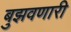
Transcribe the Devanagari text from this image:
बुझवणारी